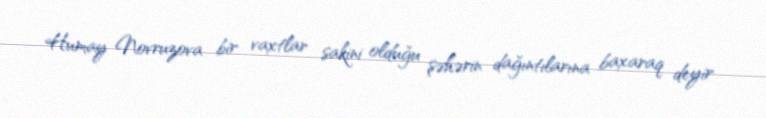
Humay Novruzova bir vaxtlar sakini olduğu şəhərin dağıntılarına baxaraq deyir